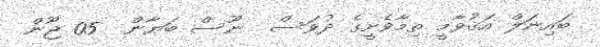
ބައިނަލް އަޤުވާމީ ތިމާވެށީގެ ދުވަސް  ނޫސް ބަޔާން  05 ޖޫން